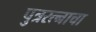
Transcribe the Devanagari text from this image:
पुत्ररत्नाचा